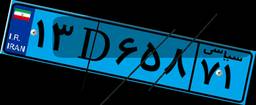
۱۳D۶۵۸۷۱